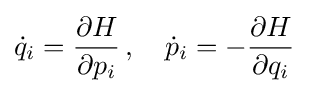
{\dot {q}}_{i}={\frac {\partial H}{\partial p_{i}}}\,,\quad {\dot {p}}_{i}=-{\frac {\partial H}{\partial q_{i}}}